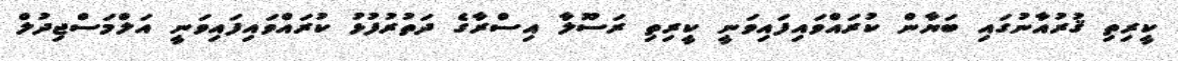
ކީރިތި ޤުރުއާނުގައި ބަޔާން ކުރައްވައިފައިވަނީ ކީރިތި ރަސޫލާ އިސްރާގެ ދަތުރުފުޅު ކުރައްވައިފައިވަނީ އަލްމަސްޖިދުލް